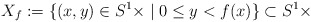
\begin{align*}X_{f}:=\{(x,y)\in S^{1}\times\real\mid0\le y<f(x)\}\subset S^{1}\times\real\end{align*}